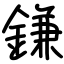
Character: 鎌